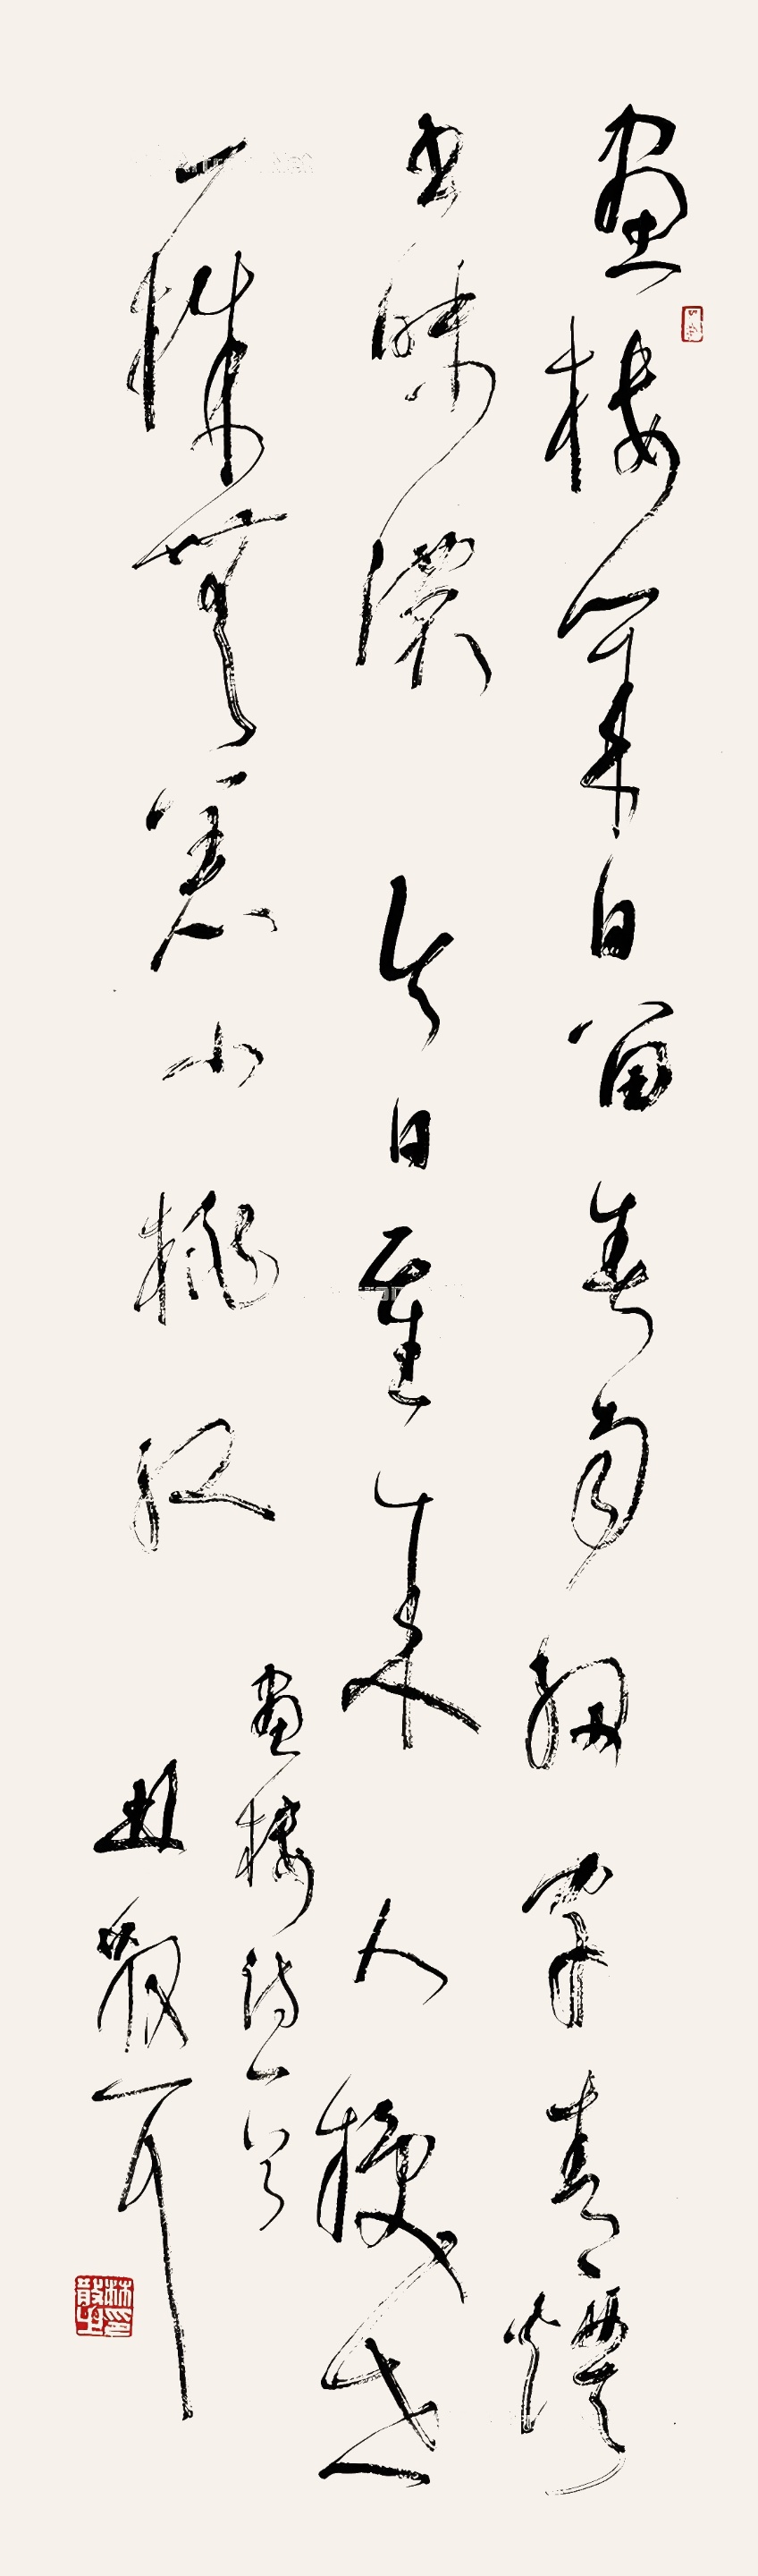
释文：画楼几日留春雨，细字青灯书味浓。今日重来人换世，一株无恙小桃红。画楼诗一首。林散耳。